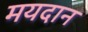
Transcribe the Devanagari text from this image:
मयदान